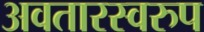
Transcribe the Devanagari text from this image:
अवतारस्वरुप